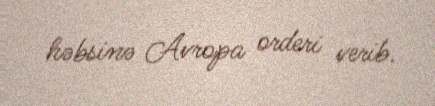
həbsinə Avropa orderi verib.